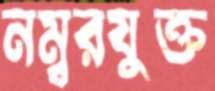
নম্বরযুক্ত